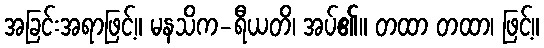
အခြင်းအရာဖြင့်။ မနသိက-ရီယတိ၊ အပ်၏။ တထာ တထာ၊ ဖြင့်။